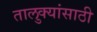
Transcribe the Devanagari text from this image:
तालुक्यांसाठी